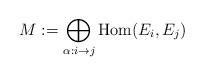
LaTeX: \begin{align*}M:=\bigoplus_{\alpha:i\to j}\mathrm{Hom}(E_i,E_j)\end{align*}